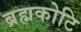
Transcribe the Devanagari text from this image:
ब्रह्मकोटि